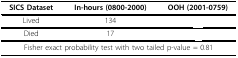
<table><thead><tr><td><b>SICS Dataset</b></td><td><b>In-hours (0800-2000)</b></td><td><b>OOH (2001-0759)</b></td></tr></thead><tbody><tr><td>Lived</td><td>134</td><td>[EMPTY_CELL]</td></tr><tr><td>Died</td><td>17</td><td>[EMPTY_CELL]</td></tr><tr><td colspan="3">Fisher exact probability test with two tailed p-value = 0.81</td></tr></tbody></table>